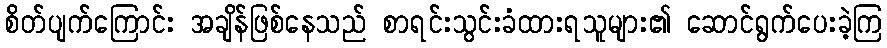
စိတ်ပျက်ကြောင်း အချိန်ဖြစ်နေသည် စာရင်းသွင်းခံထားရသူများ၏ ဆောင်ရွက်ပေးခဲ့ကြ